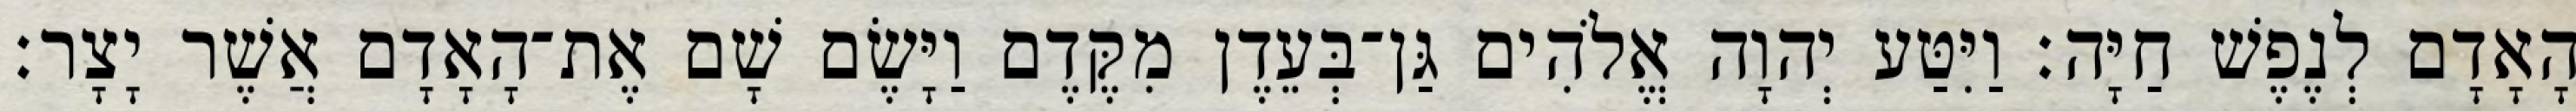
הָאָדָם לְנֶפֶשׁ חַיָּה׃ וַיִּטַּע יְהוָה אֱלֹהִים גַּן־בְּעֵדֶן מִקֶּדֶם וַיָּשֶׂם שָׁם אֶת־הָאָדָם אֲשֶׁר יָצָר׃